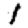
Digit: 1